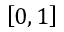
\left[ 0 , 1 \right]